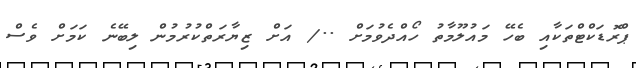
ޕްރޮޑަކްޓްތަކާއި ބެހޭ މައުލޫމާތު ހޯއްދެވުމަށް ../ އަށް ޒިޔާރަތްކުރުމުން ލިބޭނެ ކަމަށް ވެސް